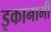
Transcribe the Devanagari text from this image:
इकानामी